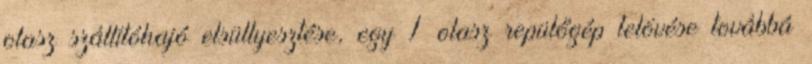
olasz szállítóhajó elsüllyesztése, egy 1 olasz repülőgép lelövése továbbá